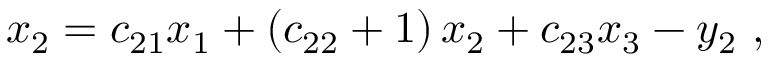
x _ { 2 } = c _ { 2 1 } x _ { 1 } + \left( c _ { 2 2 } + 1 \right) x _ { 2 } + c _ { 2 3 } x _ { 3 } - y _ { 2 } \ ,